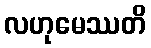
လဟုမေဿတိ